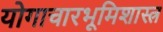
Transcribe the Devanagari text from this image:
योगाचारभूमिशास्त्र